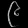
Digit: ၉